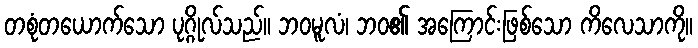
တစုံတယောက်သော ပုဂ္ဂိုလ်သည်။ ဘဝမူလံ၊ ဘဝ၏ အကြောင်းဖြစ်သော ကိလေသာကို။